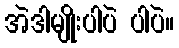
အဲဒါမျိုးပါပဲ ပါပဲ။